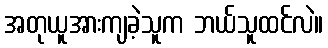
အတုယူအားကျခဲ့သူက ဘယ်သူထင်လဲ။